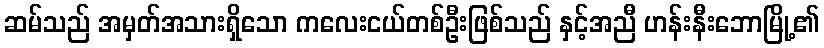
ဆမ်သည် အမှတ်အသားရှိသော ကလေးငယ်တစ်ဦးဖြစ်သည် နှင့်အညီ ဟန်းနီးဘောမြို့၏